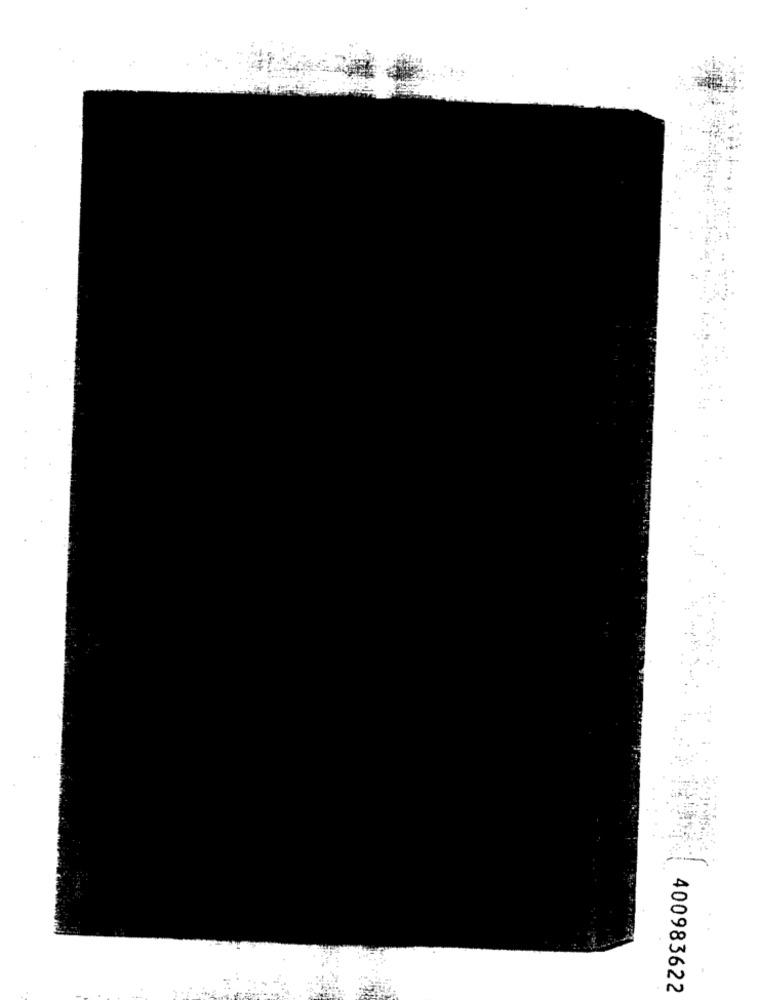
400983622